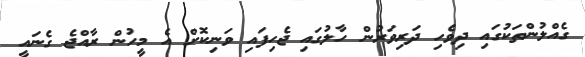
ގެއްލުންތަކުގައި ދިވެހި ދަރިވަރުން ހާލުގައި ޖެހިފައި ވަނިކޮށް އެ މީހުން ރާއްޖެ ގެނައީ